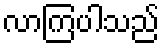
လာကြပါသည်